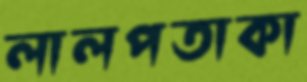
লালপতাকা